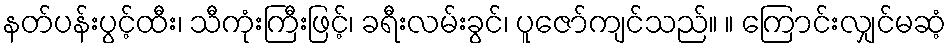
နတ်ပန်းပွင့်ထီး၊ သီကုံးကြီးဖြင့်၊ ခရီးလမ်းခွင်၊ ပူဇော်ကျင်သည်။ ။ ကြောင်းလျှင်မဆံ့